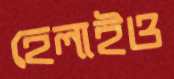
হেলাইও